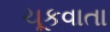
ચૂકવાતા